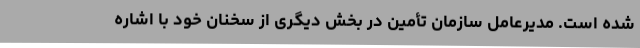
شده است. مدیرعامل سازمان تأمین در بخش دیگری از سخنان خود با اشاره